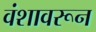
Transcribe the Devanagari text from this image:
वंशावरून